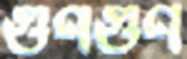
গুণগুণ